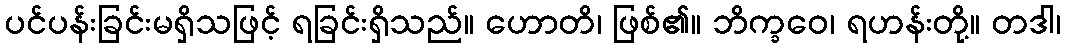
ပင်ပန်းခြင်းမရှိသဖြင့် ရခြင်းရှိသည်။ ဟောတိ၊ ဖြစ်၏။ ဘိက္ခဝေ၊ ရဟန်းတို့။ တဒါ၊